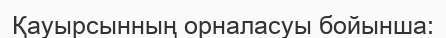
Қауырсынның орналасуы бойынша: